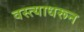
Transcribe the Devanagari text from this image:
वस्त्याधरून